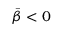
{ \bar { \beta } } < 0